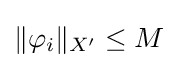
\|\varphi _{i}\|_{X^{\prime }}\leq M